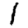
Digit: 1